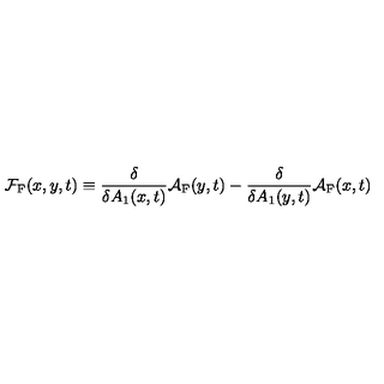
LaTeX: { \cal F } _ { \mathrm { F } } ( x , y , t ) \equiv \frac { \delta } { \delta A _ { 1 } ( x , t ) } { \cal A } _ { \mathrm { F } } ( y , t ) - \frac { \delta } { \delta A _ { 1 } ( y , t ) } { \cal A } _ { \mathrm { F } } ( x , t )